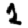
Digit: 2